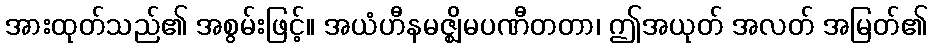
အားထုတ်သည်၏ အစွမ်းဖြင့်။ အယံဟီနမဇ္ဈိမပဏီတတာ၊ ဤအယုတ် အလတ် အမြတ်၏